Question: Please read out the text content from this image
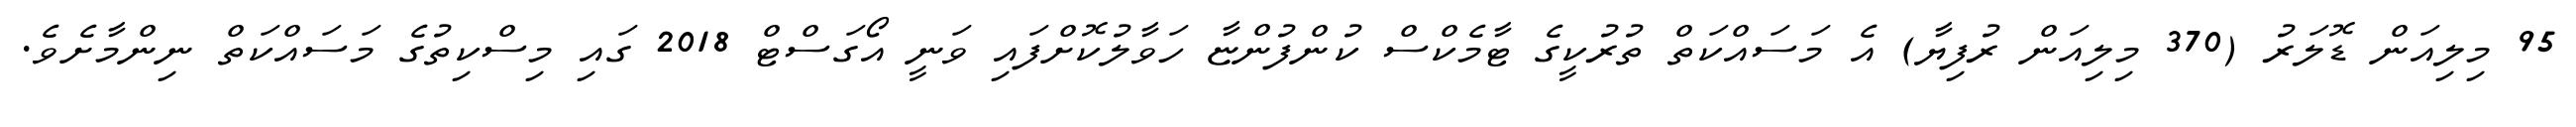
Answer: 95 މިލިއަން ޑޮލަރު (370 މިލިއަން ރުފިޔާ) އެ މަސައްކަތް ތުރުކީގެ ޓާމެކްސް ކުންފުންޏާ ހަވާލުކޮށްފައި ވަނީ އޯގަސްޓް 2018 ގައި މިސްކިތުގެ މަސައްކަތް ނިންމާށެވެ.